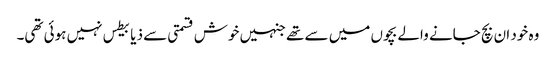
وہ خود ان بچ جانے والے بچوں میں سے تھے جنہیں خوش قسمتی سے ذیابیطس نہیں ہوئی تھی۔